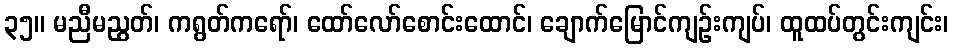
၃၅။ မညီမညွတ်၊ ကရွတ်ကရော်၊ ထော်လော်စောင်းထောင်၊ ချောက်မြောင်ကျဉ်းကျပ်၊ ထူထပ်တွင်းကျင်း၊